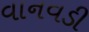
વાનવડી